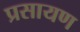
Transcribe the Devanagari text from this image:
प्रसायण